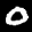
Label: 0